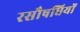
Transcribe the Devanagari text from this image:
रसौषधियों